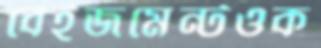
বেইজমেন্টওক